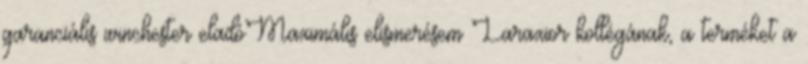
garanciális winchester eladóMaximális elismerésem Laraxior kollégának, a terméket a